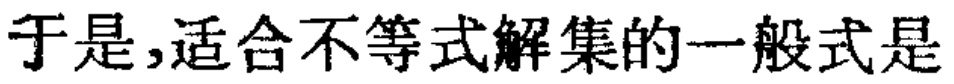
于是,适合不等式解集的一般式是